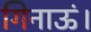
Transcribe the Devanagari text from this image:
गिनाऊं।